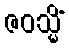
ဇဝသ္မိံ